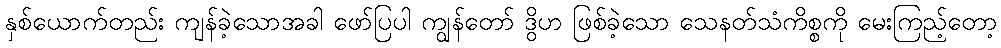
နှစ်ယောက်တည်း ကျန်ခဲ့သောအခါ ဖော်ပြပါ ကျွန်တော် ဒွိဟ ဖြစ်ခဲ့သော သေနတ်သံကိစ္စကို မေးကြည့်တော့